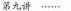
第九讲 ······